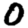
Digit: 0